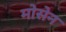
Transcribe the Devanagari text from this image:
मोसेन